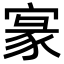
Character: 𡩀